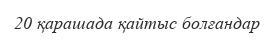
20 қарашада қайтыс болғандар